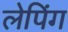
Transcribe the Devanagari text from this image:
लेपिंग